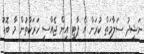
ނަޝީދު ސަލާމަތް ކުރަން އެ ޕާޓީ އިން ޖެއްސި ހަރަކާތުން މާ ބޮޑު